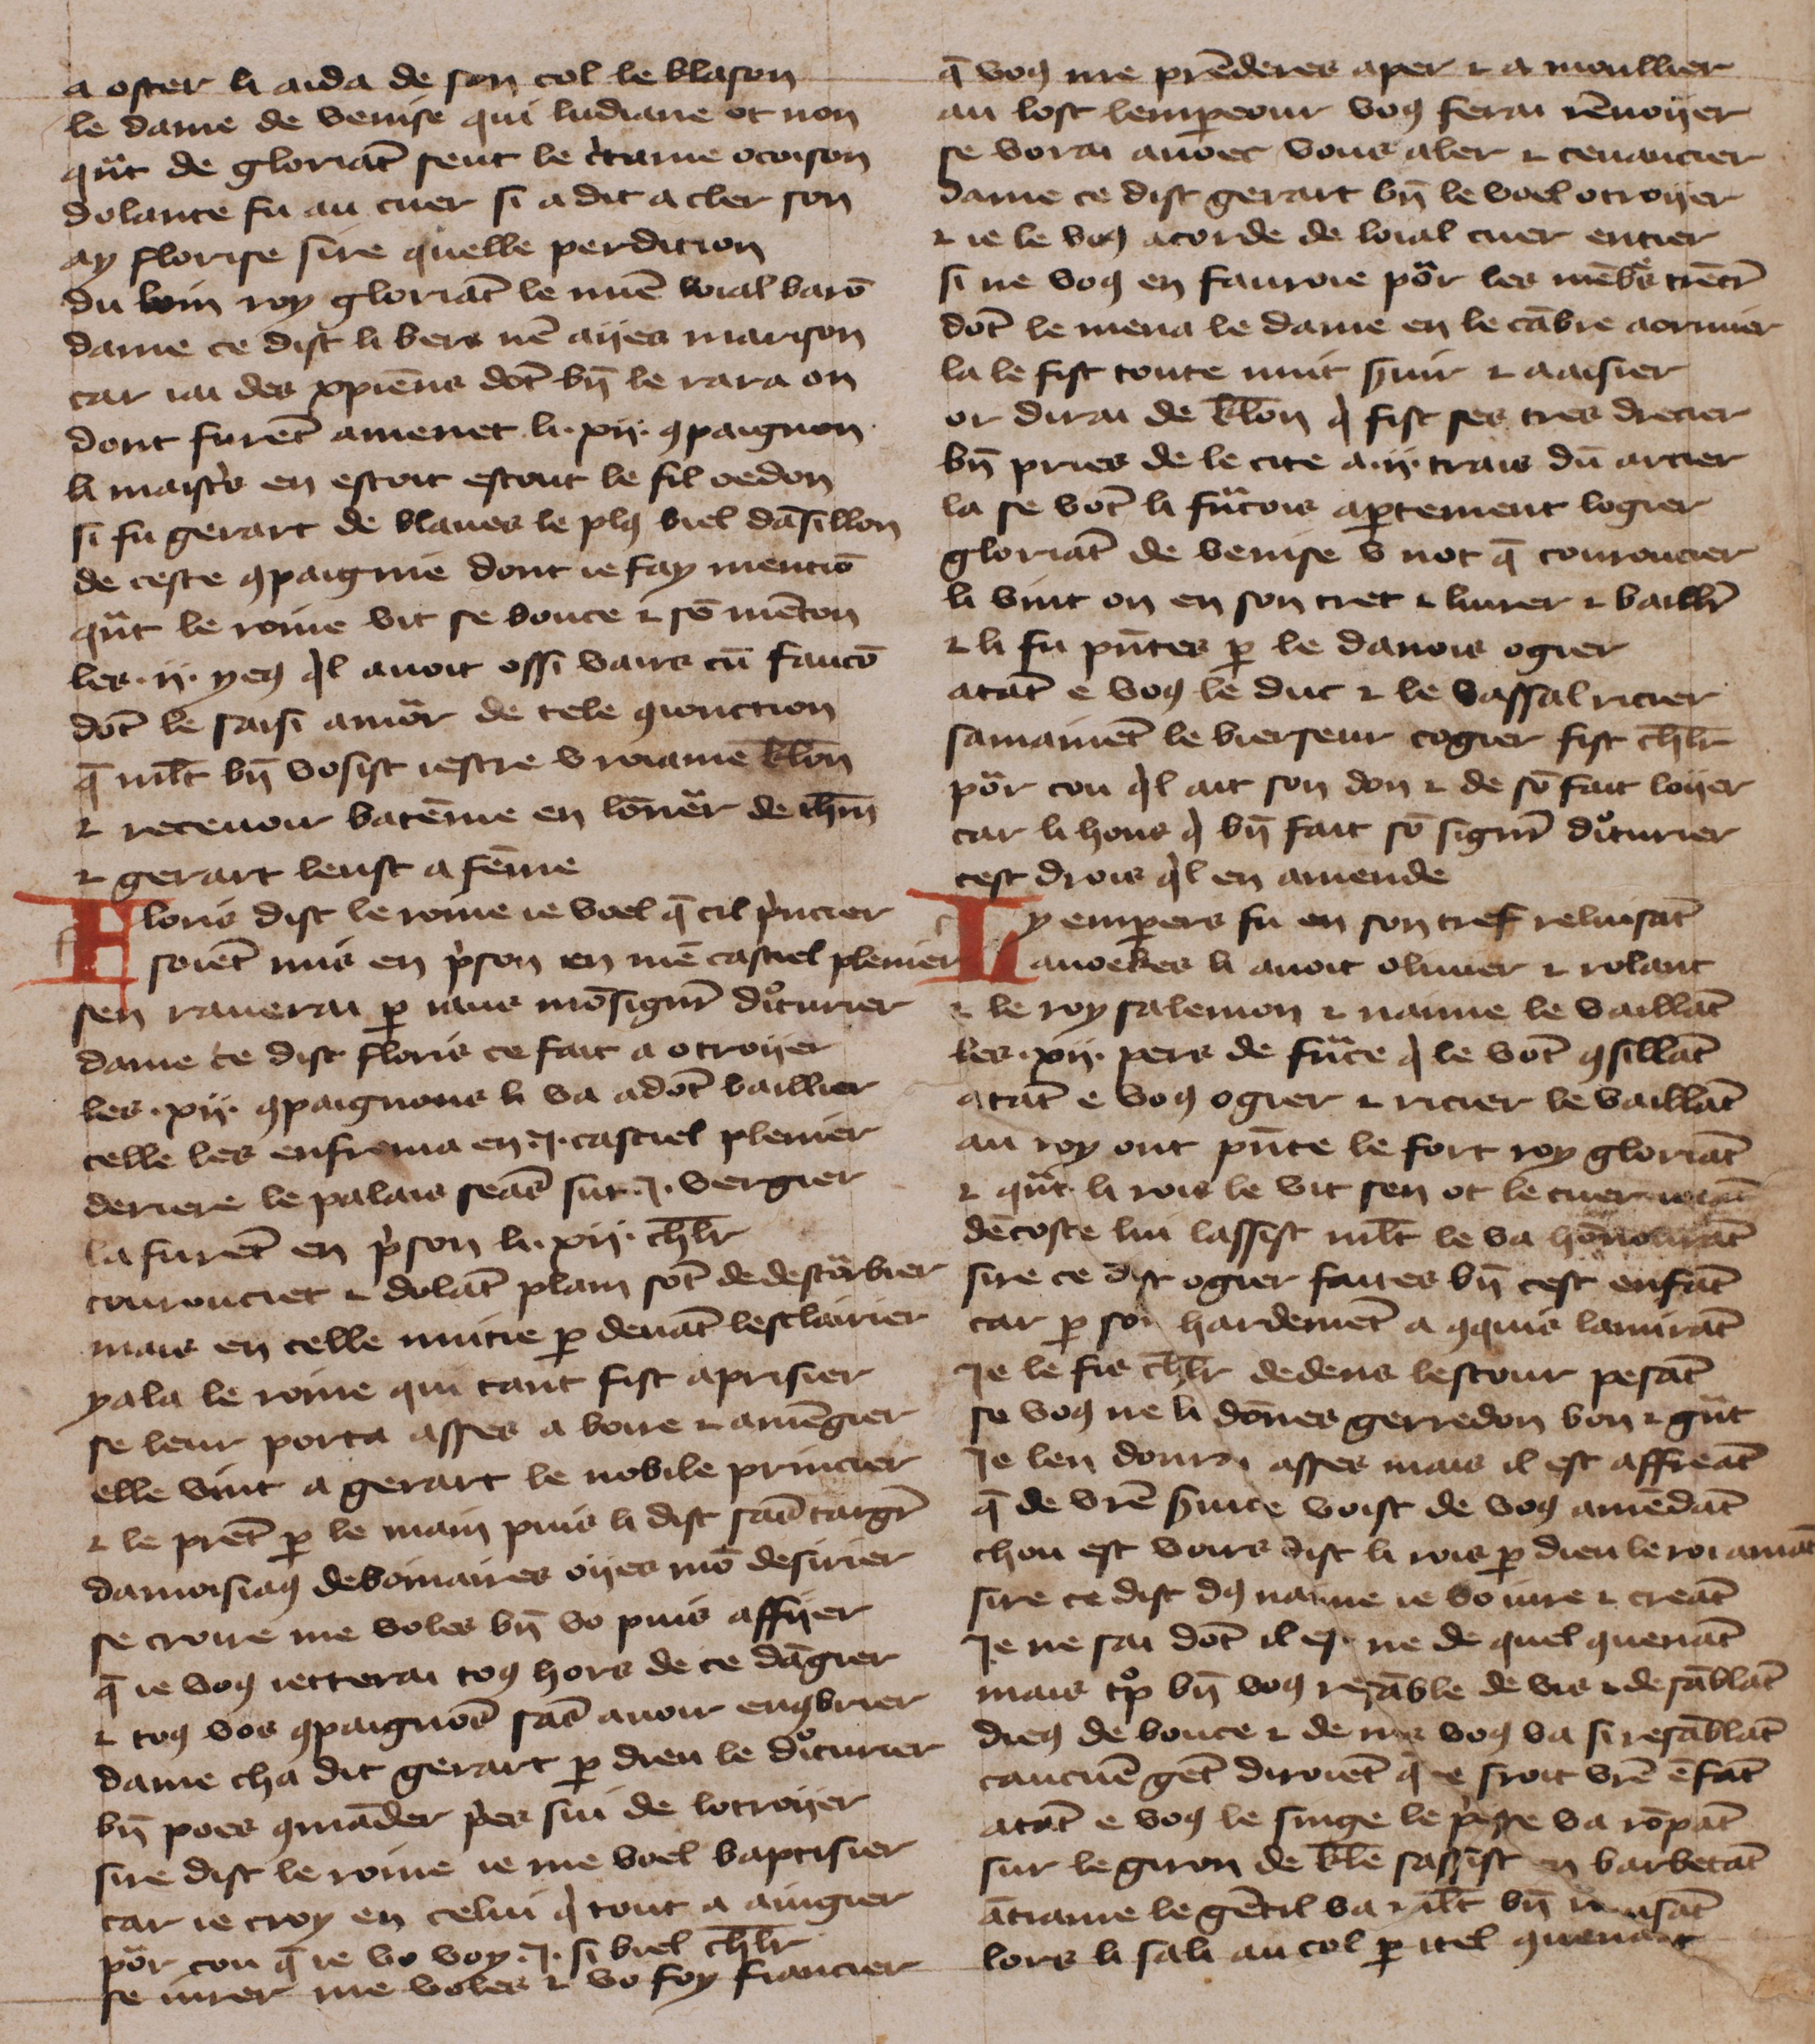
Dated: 1425–1425